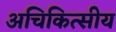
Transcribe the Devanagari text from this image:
अचिकित्सीय